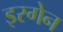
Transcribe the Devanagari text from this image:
इरगेन